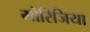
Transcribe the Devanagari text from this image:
मोरिजिया